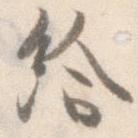
給